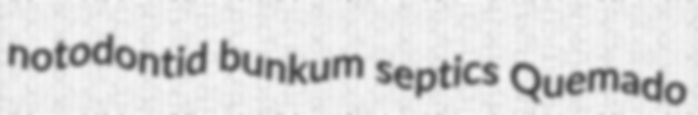
notodontid bunkum septics Quemado